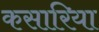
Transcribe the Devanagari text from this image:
कसारिया